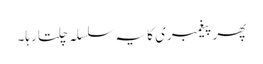
پھر پیغمبری کا یہ سلسلہ چلتا رہا۔